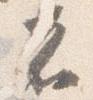
者